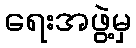
ရေးအဖွဲ့မှ